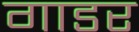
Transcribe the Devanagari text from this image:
गाडर